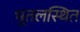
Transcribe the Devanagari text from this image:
भूतलस्थित